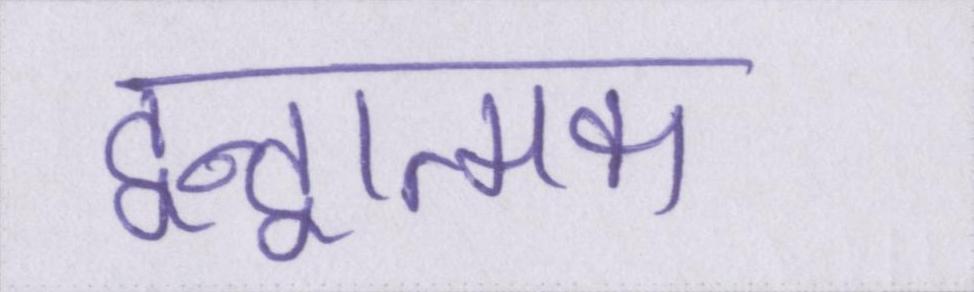
द्वन्द्वात्मक